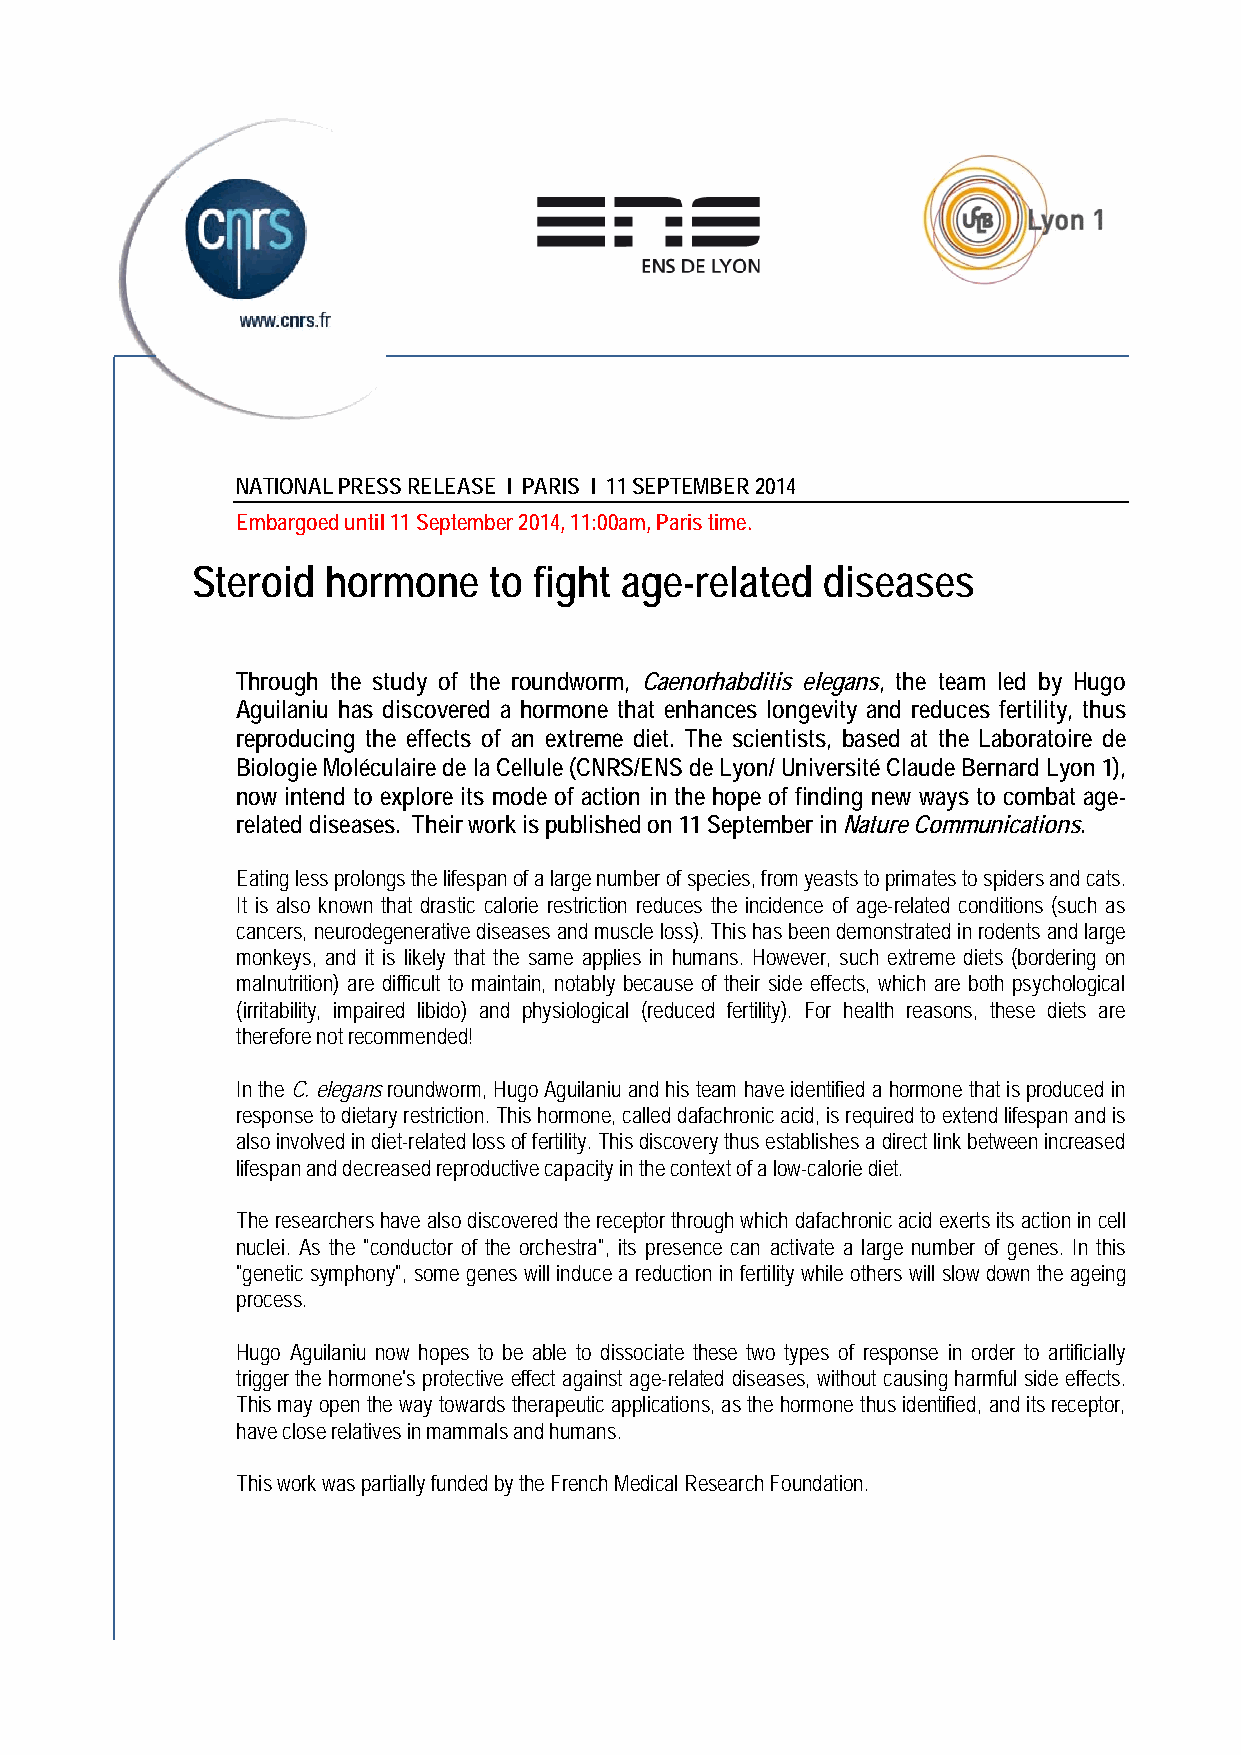
NATIONAL PRESS RELEASE I PARIS I 11 SEPTEMBER 2014
 Embargoed until 11 September 2014, 11:00am, Paris time.
 Ste roid hormone   to fight age-related  diseases
 Through the study of the roundworm, Caenorhabditis elegans, the team led by Hugo
 Aguilaniu has discovered a hormone that enhances longevity and reduces fertility, thus
 reproducing the effects of an extreme diet. The scientists, based at the Laboratoire de
 Biologie Moléculaire de la Cellule (CNRS/ENS de Lyon/ Université Claude Bernard Lyon 1),
 now intend to explore its mode of action in the hope of finding new ways to combat age-
 related diseases. Their work is published on 11 September in Nature Communications.
 Eating less prolongs the lifespan of a large number of species, from yeasts to primates to spiders and cats.
 It is also known that drastic calorie restriction reduces the incidence of age-related conditions (such as
 cancers, neurodegenerative diseases and muscle loss). This has been demonstrated in rodents and large
 monkeys, and it is likely that the same applies in humans. However, such extreme diets (bordering on
 malnutrition) are difficult to maintain, notably because of their side effects, which are both psychological
 (irritability, impaired libido) and physiological (reduced fertility). For health reasons, these diets are
 therefore not recommended!
 In the C. elegans roundworm, Hugo Aguilaniu and his team have identified a hormone that is produced in
 response to dietary restriction. This hormone, called dafachronic acid, is required to extend lifespan and is
 also involved in diet-related loss of fertility. This discovery thus establishes a direct link between increased
 lifespan and decreased reproductive capacity in the context of a low-calorie diet.
 The researchers have also discovered the receptor through which dafachronic acid exerts its action in cell
 nuclei. As the "conductor of the orchestra", its presence can activate a large number of genes. In this
 "genetic symphony", some genes will induce a reduction in fertility while others will slow down the ageing
 process.
 Hugo Aguilaniu now hopes to be able to dissociate these two types of response in order to artificially
 trigger the hormone's protective effect against age-related diseases, without causing harmful side effects.
 This may open the way towards therapeutic applications, as the hormone thus identified, and its receptor,
 have close relatives in mammals and humans.
 This work was partially funded by the French Medical Research Foundation.